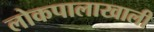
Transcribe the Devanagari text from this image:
लोकपालाखाली